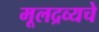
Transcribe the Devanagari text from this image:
मूलद्रव्यचे